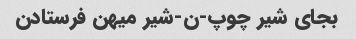
بجای شیر چوپ-ن-شیر میهن فرستادن